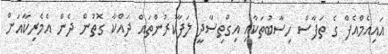
އައިއެމްއެފް ގެ ތަފާސް ހިސާބުތަކާއި އިގްތިސާދީ ލަފާކުރުންތައް ދައްކާ ގޮތުން ދެން އެމެރިކާއަށް